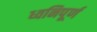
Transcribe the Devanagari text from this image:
ध्वनिपूर्ण